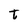
Character: t